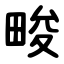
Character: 畯